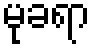
မုခရာ